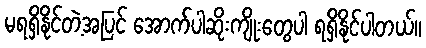
မရရှိနိုင်တဲ့အပြင် အောက်ပါဆိုးကျိုးတွေပါ ရရှိနိုင်ပါတယ်။